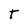
Character: t